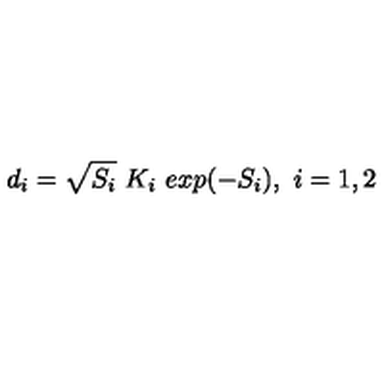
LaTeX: d _ { i } = \sqrt { S _ { i } } \ K _ { i } \ e x p ( - S _ { i } ) , \ i = 1 , 2